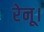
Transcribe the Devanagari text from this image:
रेनू।